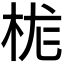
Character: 𪲆